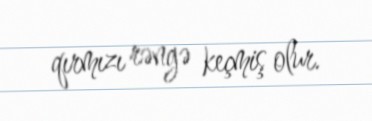
qırmızı rəngə keçmiş olur.